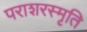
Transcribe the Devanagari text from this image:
पराशरस्मृति